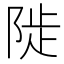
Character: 𨺗